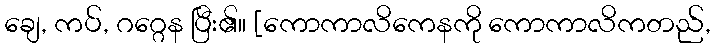
ချေ, ကပ်, ဂဂ္ဂေန ပြီး၏။ [ကောကာလိကေနကို ကောကာလိကတည်,